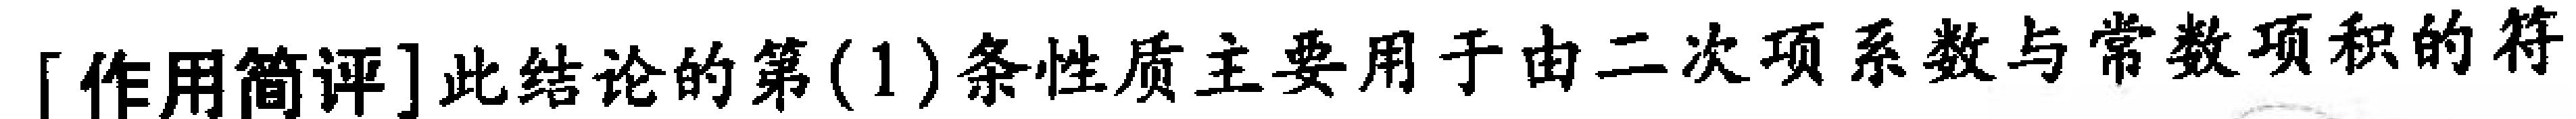
[作用简评]此结论的第(1)条性质主要用于由二次项系数与常数项积的符